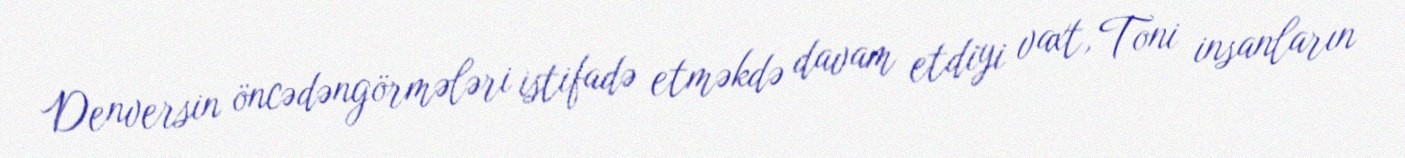
Denversin öncədəngörmələri istifadə etməkdə davam etdiyi vaxt, Toni insanların